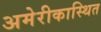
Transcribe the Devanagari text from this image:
अमेरीकास्थित